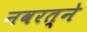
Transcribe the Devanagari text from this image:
नवरत्ने